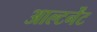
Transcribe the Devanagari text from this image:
आल्टर्नेंट